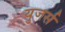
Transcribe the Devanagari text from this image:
युजर्स